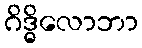
ဂိဒ္ဓိလောဘာ